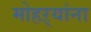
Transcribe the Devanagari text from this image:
मोहऱ्यांना